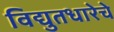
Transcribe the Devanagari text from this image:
विद्युतधारेचे